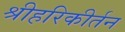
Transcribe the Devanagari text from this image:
श्रीहरिकीर्तन